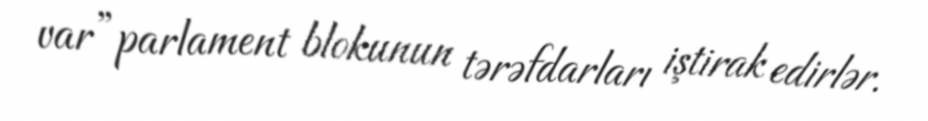
var”parlament blokunun tərəfdarları iştirak edirlər.